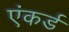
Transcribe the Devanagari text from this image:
एंकर्ड